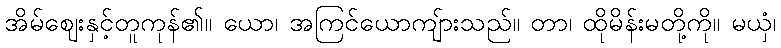
အိမ်ဈေးနှင့်တူကုန်၏။ ယော၊ အကြင်ယောကျ်ားသည်။ တာ၊ ထိုမိန်းမတို့ကို။ မယှံ၊